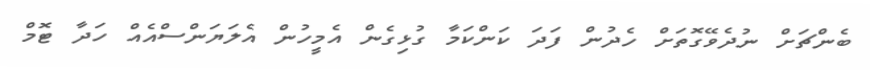
ބެންޗަށް ނުދެވޭގޮތަށް ހެދުން ފަދަ ކަންކަމާ ގުޅިގެން އެމީހުން އެލަޔަންސްއެއް ހަދާ ޓޮމް